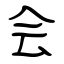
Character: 会